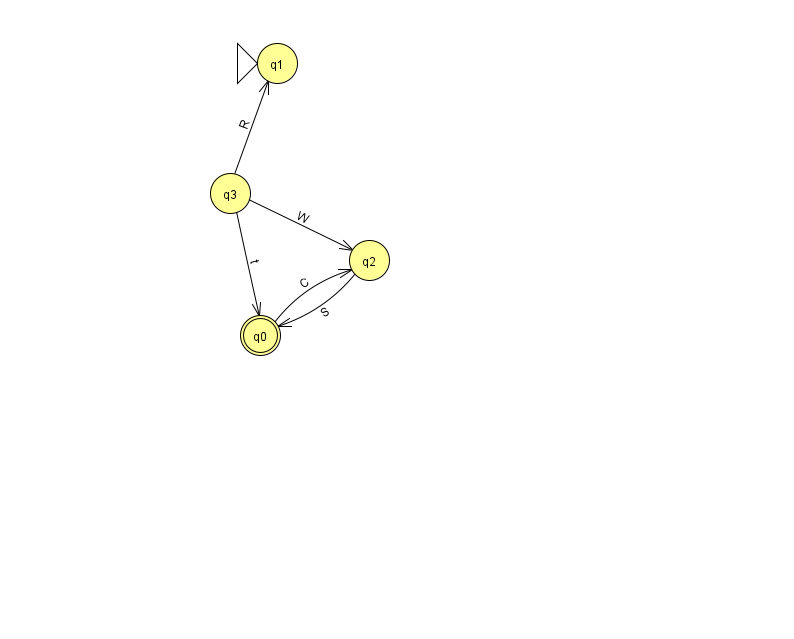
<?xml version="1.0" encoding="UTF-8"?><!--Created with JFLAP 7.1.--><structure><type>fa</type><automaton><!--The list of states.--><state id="0" name="q0"><x>260.0</x><y>322.0</y><final/></state><state id="1" name="q1"><x>277.0</x><y>50.0</y><initial/></state><state id="2" name="q2"><x>369.0</x><y>247.0</y></state><state id="3" name="q3"><x>230.0</x><y>180.0</y></state><!--The list of transitions.--><transition><from>3</from><to>2</to><read>W</read></transition><transition><from>3</from><to>1</to><read>R</read></transition><transition><from>0</from><to>2</to><read>C</read></transition><transition><from>2</from><to>0</to><read>S</read></transition><transition><from>3</from><to>0</to><read>t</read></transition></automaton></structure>